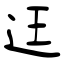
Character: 迋